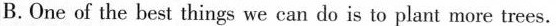
B.One of the best things we can do is to plant more trees.